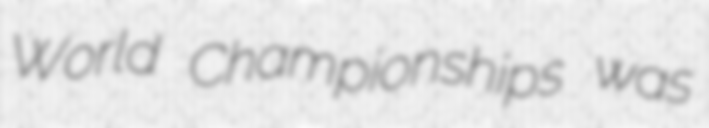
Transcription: World Championships was